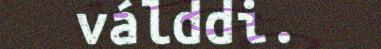
válddi.